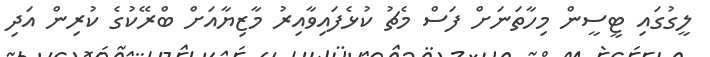
ލީގުގައި ޓީސީން މިހާތަނަށް ފަސް މެޗު ކުޅެފައިވާއިރު މާޒިޔާއަށް ބްރޭކުގެ ކުރިން އަދި